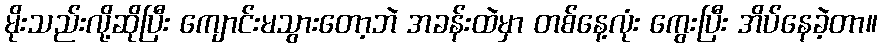
မိုးသည်းလို့ဆိုပြီး ကျောင်းမသွားတော့ဘဲ အခန်းထဲမှာ တစ်နေ့လုံး ကွေးပြီး အိပ်နေခဲ့တာ။